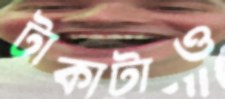
টাকাটাও